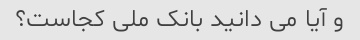
و آیا می دانید بانک ملی کجاست؟